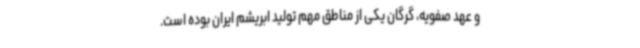
و عهد صفویه، گرگان یکی از مناطق مهم تولید ابریشم ایران بوده است.